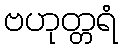
ဗဟုတ္တရံ